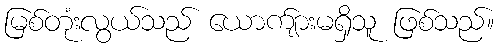
မြစ်တုံးလွယ်သည် ယောက်ျားမရှိသူ ဖြစ်သည်။